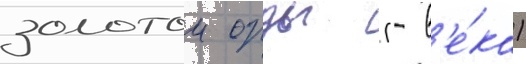
золотои орды (- в'е́ка)